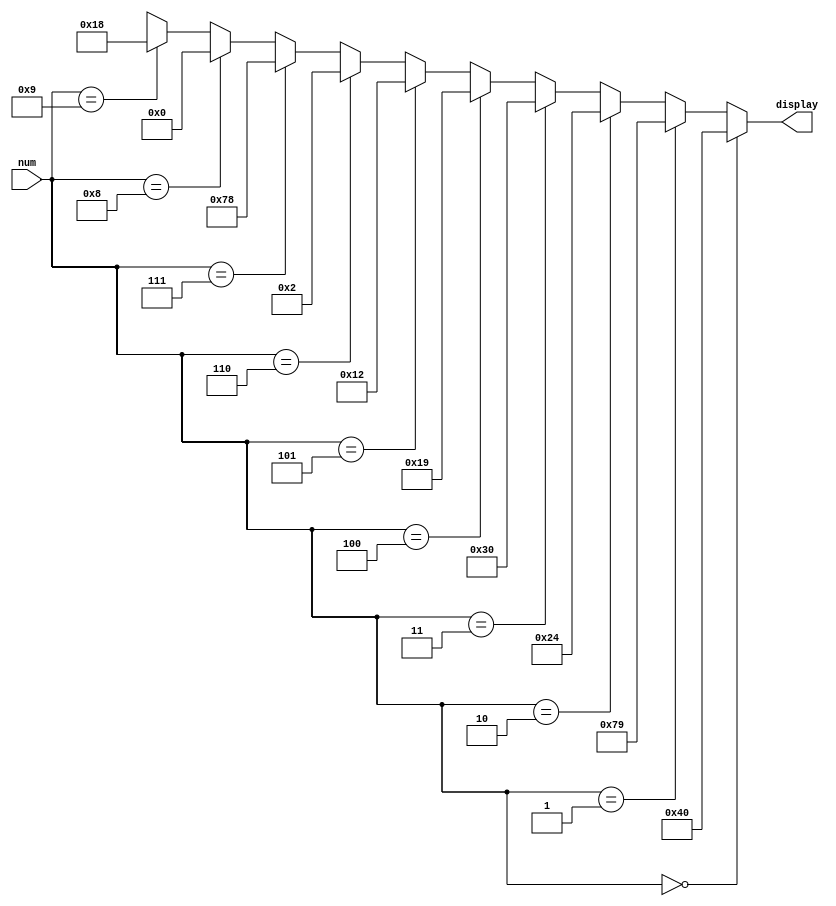
// Georgia Institute of Technology
// School of Computer Science
// CS 3220
// Verilog Code for BCD to 7-Segment Conversion

module dec2_7seg (
	input		[3:0] 		num,
	output		[6:0]		display
);

assign display = 
		num == 0 ? ~7'b011_1111 :
		num == 1 ? ~7'b000_0110 :
		num == 2 ? ~7'b101_1011 :
		num == 3 ? ~7'b100_1111 :
		num == 4 ? ~7'b110_0110 :
		num == 5 ? ~7'b110_1101 :
		num == 6 ? ~7'b111_1101 :
		num == 7 ? ~7'b000_0111 :
		num == 8 ? ~7'b111_1111 :
		num == 9 ? ~7'b110_0111 :
					7'bxxx_xxxx ; // Output is a don't care if illegal input is provided

endmodule